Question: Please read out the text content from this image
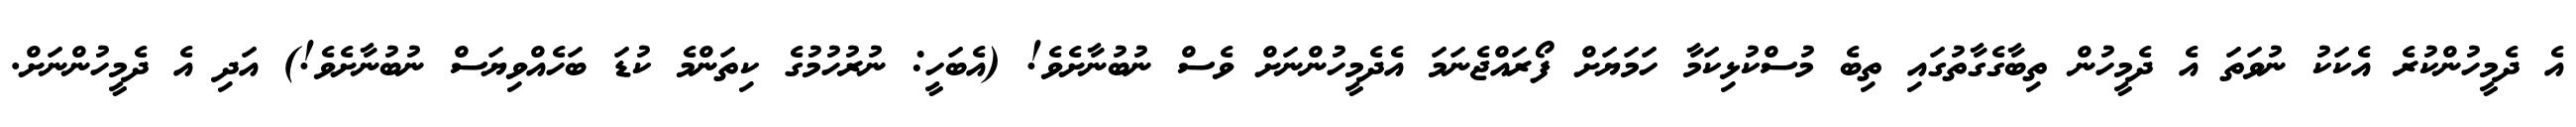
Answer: އެ ދެމީހުންކުރެ އެކަކު ނުވަތަ އެ ދެމީހުން ތިބާގެގާތުގައި ތިބެ މުސްކުޅިކަމާ ހަމަޔަށް ފޯރައްޖެނަމަ އެދެމީހުންނަށް ވެސް ނުބުނާށެވެ! (އެބަހީ: ނުރުހުމުގެ ކިތަންމެ ކުޑަ ބަހެއްވިޔަސް ނުބުނާށެވެ!) އަދި އެ ދެމީހުންނަށް.